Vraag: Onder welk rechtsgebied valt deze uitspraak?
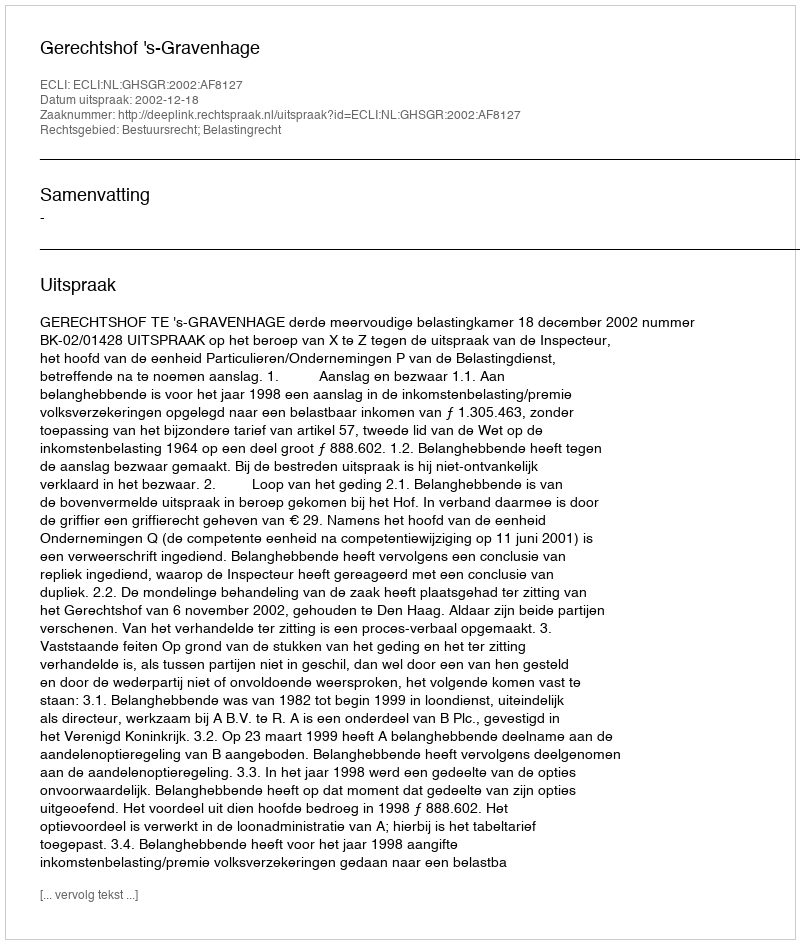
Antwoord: Bestuursrecht; Belastingrecht